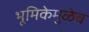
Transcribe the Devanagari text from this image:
भूमिकेमुळेच